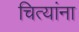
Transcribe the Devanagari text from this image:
चित्यांना